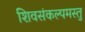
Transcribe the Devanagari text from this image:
शिवसंकल्पमस्तु